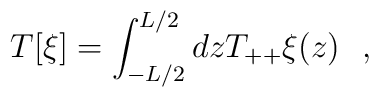
T[\xi]=\int_{-L/2}^{L/2}dz T_{++}\xi (z)~~,